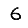
Digit: 6